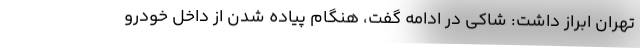
تهران ابراز داشت: شاکی در ادامه گفت، هنگام پیاده شدن از داخل خودرو